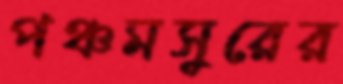
পঞ্চমসুরের